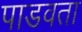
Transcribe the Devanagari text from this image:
पाडवता